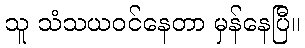
သူ သံသယဝင်နေတာ မှန်နေပြီ။